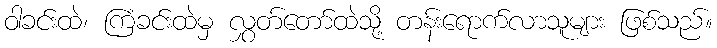
ဝါခင်းထဲ၊ ကြံခင်းထဲမှ လွှတ်တော်ထဲသို့ တန်းရောက်လာသူများ ဖြစ်သည်။